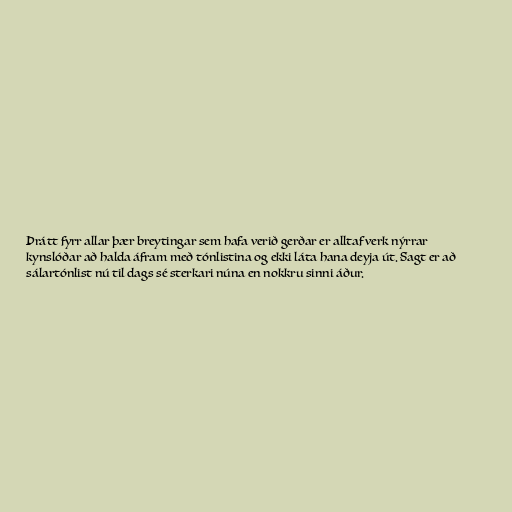
Þrátt fyrr allar þær breytingar sem hafa verið gerðar er alltaf verk nýrrar
kynslóðar að halda áfram með tónlistina og ekki láta hana deyja út. Sagt er að
sálartónlist nú til dags sé sterkari núna en nokkru sinni áður.